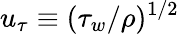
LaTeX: u_{\tau}\equiv(\tau_{w}/\rho)^{1/2}